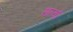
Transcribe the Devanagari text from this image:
सत्यो